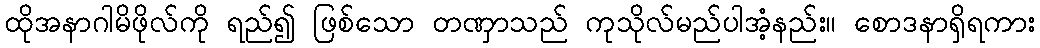
ထိုအနာဂါမိဖိုလ်ကို ရည်၍ ဖြစ်သော တဏှာသည် ကုသိုလ်မည်ပါအံ့နည်း။ စောဒနာရှိရကား